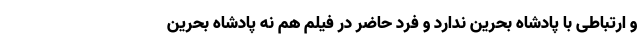
و ارتباطی با پادشاه بحرین ندارد و فرد حاضر در فیلم هم نه پادشاه بحرین